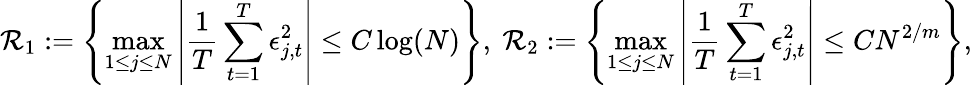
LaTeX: \mathcal{R}_{1}:=\left\lbrace\operatorname*{max}_{1\leq j\leq N}\left\lvert\frac{1}{T}\sum_{t=1}^{T}\epsilon_{j,t}^{2}\right\rvert\leq C\log(N)\right\rbrace,~\mathcal{R}_{2}:=\left\lbrace\operatorname*{max}_{1\leq j\leq N}\left\lvert\frac{1}{T}\sum_{t=1}^{T}\epsilon_{j,t}^{2}\right\rvert\leq CN^{2/m}\right\rbrace,